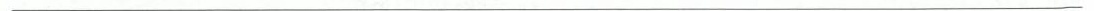
___